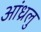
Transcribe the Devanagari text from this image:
आंध्रलु